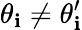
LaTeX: \theta_{\mathbf{i}}\neq\theta_{\mathbf{i}}^{\prime}